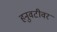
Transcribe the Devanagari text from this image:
हनुवटीवर